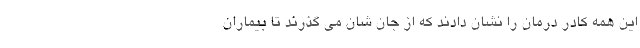
این همه کادر درمان را نشان دادند که از جان شان می گذرند تا بیماران